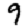
Digit: 9